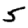
Digit: 5